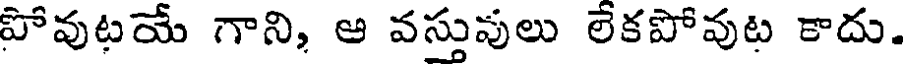
పోవుటయే గాని, ఆ వస్తువులు లేకపోవుట కాదు.